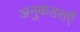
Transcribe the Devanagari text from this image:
अनुकंडराएँ